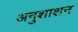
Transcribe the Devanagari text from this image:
अनुशाशन